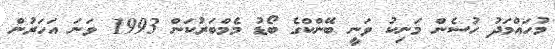
މުހައްމަދު ހުސެން މަނިކު ވަނީ ބޭންކްގެ ބޯޑު މެމްބަރުކަން 1993 ވަނަ އަހަރުން